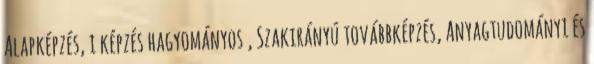
Alapképzés, i képzés hagyományos , Szakirányú továbbképzés, Anyagtudományi és